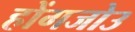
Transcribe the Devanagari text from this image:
होंगजोउ